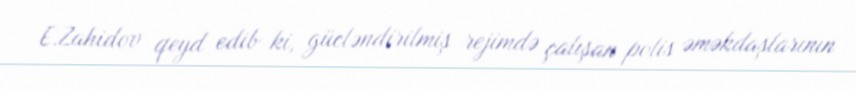
E.Zahidov qeyd edib ki, gücləndirilmiş rejimdə çalışan polis əməkdaşlarının